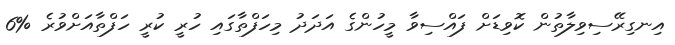
އިނގިރޭސިވިލާތުން ކޮވިޑަށް ފައްސިވާ މީހުންގެ އަދަދު މިހަފްތާގައި ހުރީ ކުރީ ހަފްތާއަށްވުރެ %6